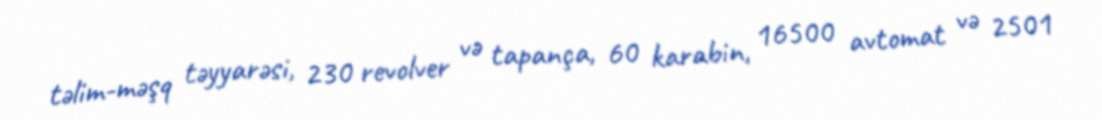
təlim-məşq təyyarəsi, 230 revolver və tapança, 60 karabin, 16500 avtomat və 2501